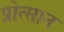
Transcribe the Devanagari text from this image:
प्रोत्सान